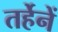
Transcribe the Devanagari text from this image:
तर्हेनें